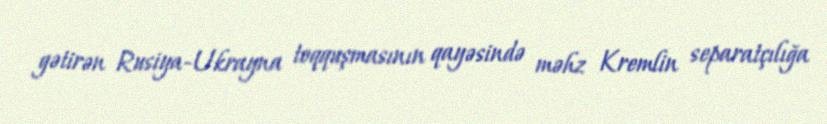
gətirən Rusiya-Ukrayna toqquşmasının qayəsində məhz Kremlin separatçılığa